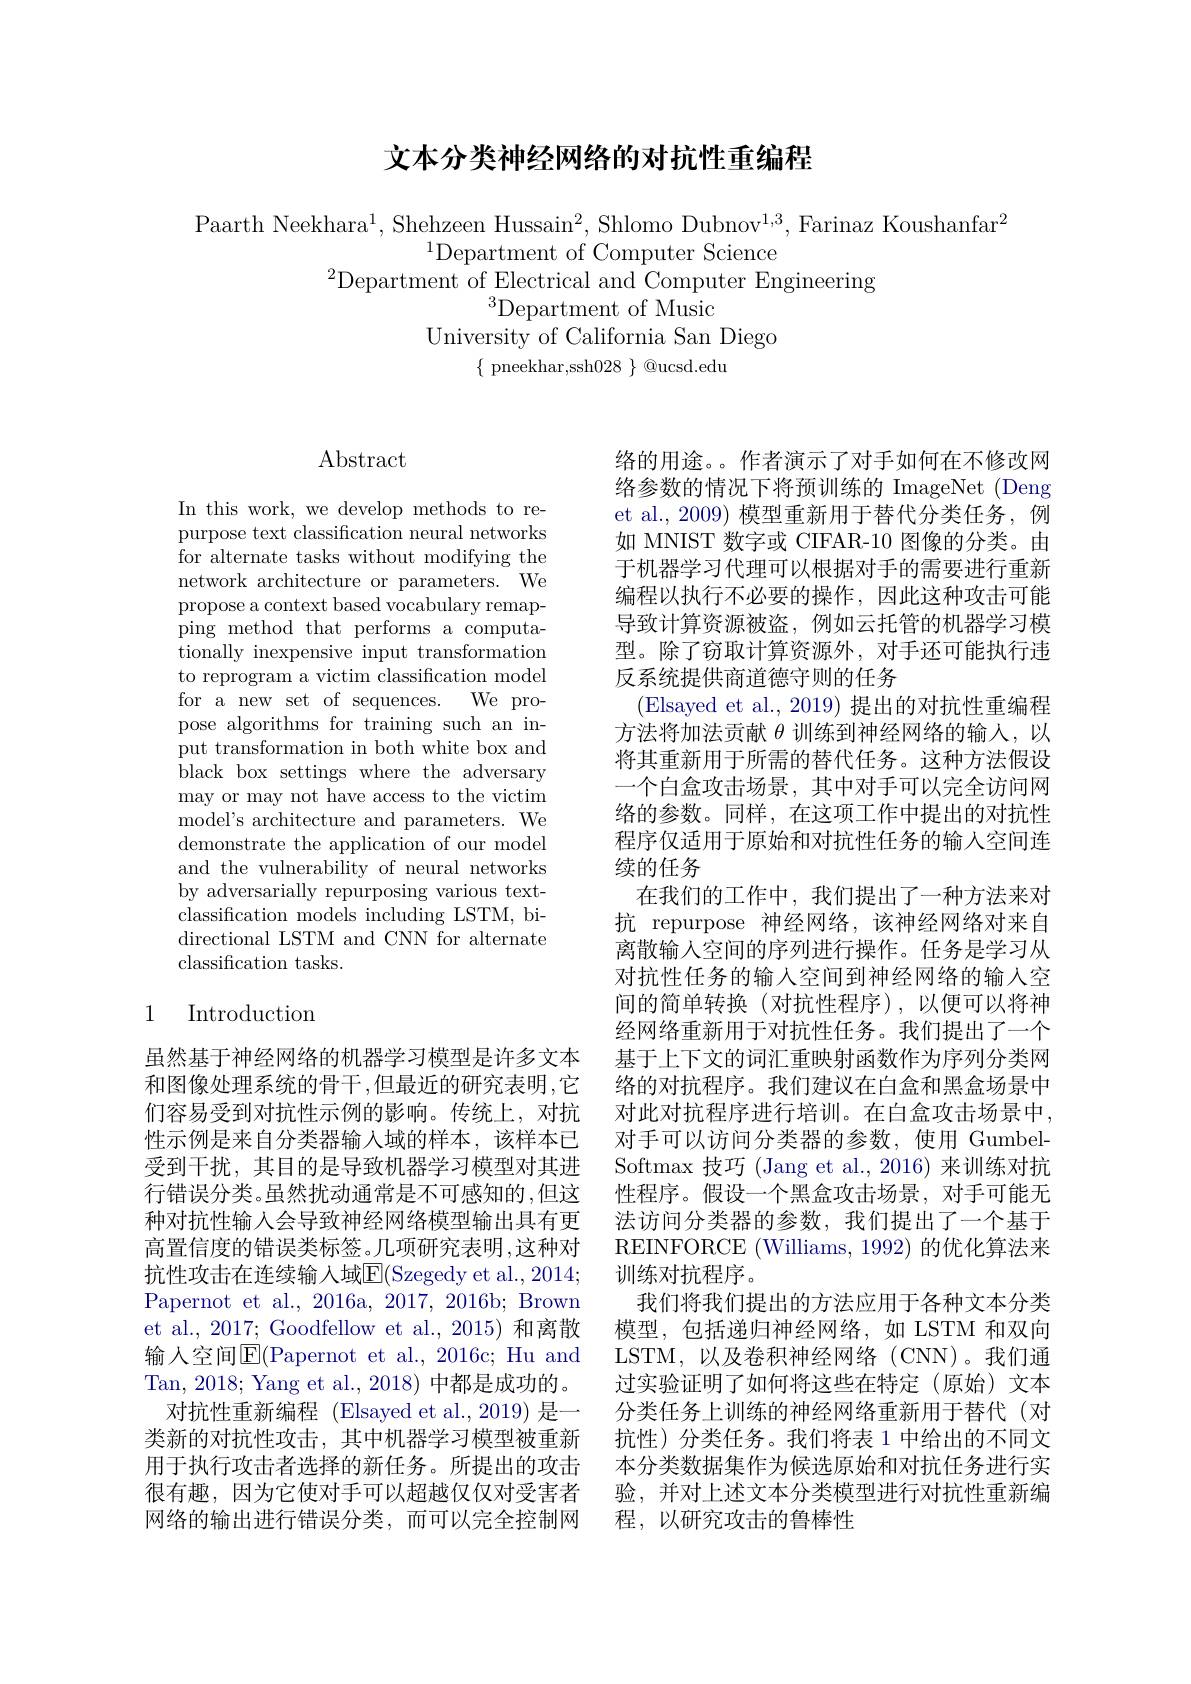
## 文本分类神经网络的对抗性重编程

Paarth Neekhara$^1$,Shehzeen Hussain$^2$, Shlomo Dubnov$^1,3$, Farinaz Koushanfar$^2$
$^{1}$Department of Computer Science
$^{2}$Department of Electrical and Computer Engineering
$^3$Department of Music
University of California San Diego
$\{\begin{array}{c}\text{pneekhar,ssh}028\end{array}\}\begin{array}{c}\textcircled {Q}\text{ucsd.edu}\\\end{array}$

# $\operatorname{Abstract}$

In this work, we develop methods to repurpose text classification neural networks for alternate tasks without modifying the network architecture or parameters. We propose a context based vocabulary remapping method that performs a computationally inexpensive input transformation to reprogram a victim classification model for a new set of sequences. We propose algorithms for training such an input transformation in both white box and black box settings where the adversary may or may not have access to the victim model's architecture and parameters. We demonstrate the application of our model and the vulnerability of neural networks by adversarially repurposing various textclassification models including LSTM, bidirectional LSTM and CNN for alternate classification tasks.

# 1 Introduction

虽然基于神经网络的机器学习模型是许多文本性示例是来自分类器输入域的样本，该样本已受到干扰，其目的是导致机器学习模型对其进行错误分类。虽然扰动通常是不可感知的，但这种对抗性输入会导致神经网络模型输出具有更高置信度的错误类标签。几项研究表明，这种对抗性攻击在连续输入域E(Szegedy et al.,2014; Papernot et al., 2016a, 2017, 2016b; Brown et al., 2017; Goodfellow et al., 2015) 和离散输入空间$\overline{\mathrm{E}}($Papernot et al., 2016c; Hu and Tan, 2018; Yang et al., 2018) 中都是成功的。
对抗性重新编程 (Elsayed et al.,2019) 是一类新的对抗性攻击，其中机器学习模型被重新用于执行攻击者选择的新任务。所提出的攻击网络的输出进行错误分类，而可以完全控制网

络的用途。作者演示了对手如何在不修改网络参数的情况下将预训练的 ImageNet (Deng et al.,2009) 模型重新用于替代分类任务，例如 MNIST 数字或 CIFAR-10 图像的分类。由于机器学习代理可以根据对手的需要进行重新编程以执行不必要的操作，因此这种攻击可能导致计算资源被盗，例如云托管的机器学习模型。除了窃取计算资源外，对手还可能执行违反系统提供商道德守则的任务
(Elsayed et al., 2019) 提出的对抗性重编程方法将加法贡献$\theta$训练到神经网络的输人，以将其重新用于所需的替代任务。这种方法假设一个白盒攻击场景，其中对手可以完全访问网络的参数。同样，在这项工作中提出的对抗性程序仅适用于原始和对抗性任务的输入空间连续的任务
在我们的工作中，我们提出了一种方法来对抗 repurpose 神经网络，该神经网络对来自离散输入空间的序列进行操作。任务是学习从对抗性任务的输入空间到神经网络的输入空间的简单转换(对抗性程序),以便可以将神经网络重新用于对抗性任务。我们提出了一个基于上下文的词汇重映射函数作为序列分类网
和图像处理系统的骨干，但最近的研究表明，它 络的对抗程序。我们建议在白盒和黑盒场景中们容易受到对抗性示例的影响。传统上，对抗 对此对抗程序进行培训。在白盒攻击场景中，
对手可以访问分类器的参数，使用 GumbelSoftmax 技巧 (Jang et al., 2016) 来训练对抗性程序。假设一个黑盒攻击场景，对手可能无法访问分类器的参数，我们提出了一个基于REINFORCE (Williams, 1992) 的优化算法来训练对抗程序。
我们将我们提出的方法应用于各种文本分类模型，包括递归神经网络，如 LSTM 和双向LSTM,以及卷积神经网络(CNN)。我们通过实验证明了如何将这些在特定(原始)文本分类任务上训练的神经网络重新用于替代(对抗性)分类任务。我们将表 1 中给出的不同文本分类数据集作为候选原始和对抗任务进行实
很有趣，因为它使对手可以超越仅仅对受害者 验，并对上述文本分类模型进行对抗性重新编
程，以研究攻击的鲁棒性